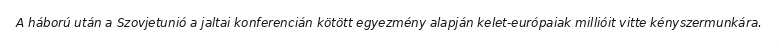
A háború után a Szovjetunió a jaltai konferencián kötött egyezmény alapján kelet-európaiak millióit vitte kényszermunkára.